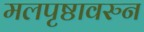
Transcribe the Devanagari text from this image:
मलपृष्ठावरुन